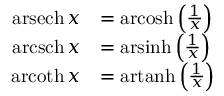
{ \begin{array} { r l } { \operatorname { a r s e c h } x } & { = \operatorname { a r c o s h } \left( { \frac { 1 } { x } } \right) } \\ { \operatorname { a r c s c h } x } & { = \operatorname { a r s i n h } \left( { \frac { 1 } { x } } \right) } \\ { \operatorname { a r c o t h } x } & { = \operatorname { a r t a n h } \left( { \frac { 1 } { x } } \right) } \end{array} }